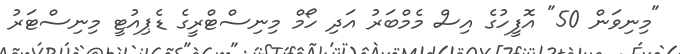
"މިނިވަން 50" އޮފީހުގެ އިސް މެމްބަރު އަދި ހޯމް މިނިސްޓްރީގެ ޑެޕިއުޓީ މިނިސްޓަރު